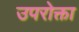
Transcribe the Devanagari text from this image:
उपरोक्ता